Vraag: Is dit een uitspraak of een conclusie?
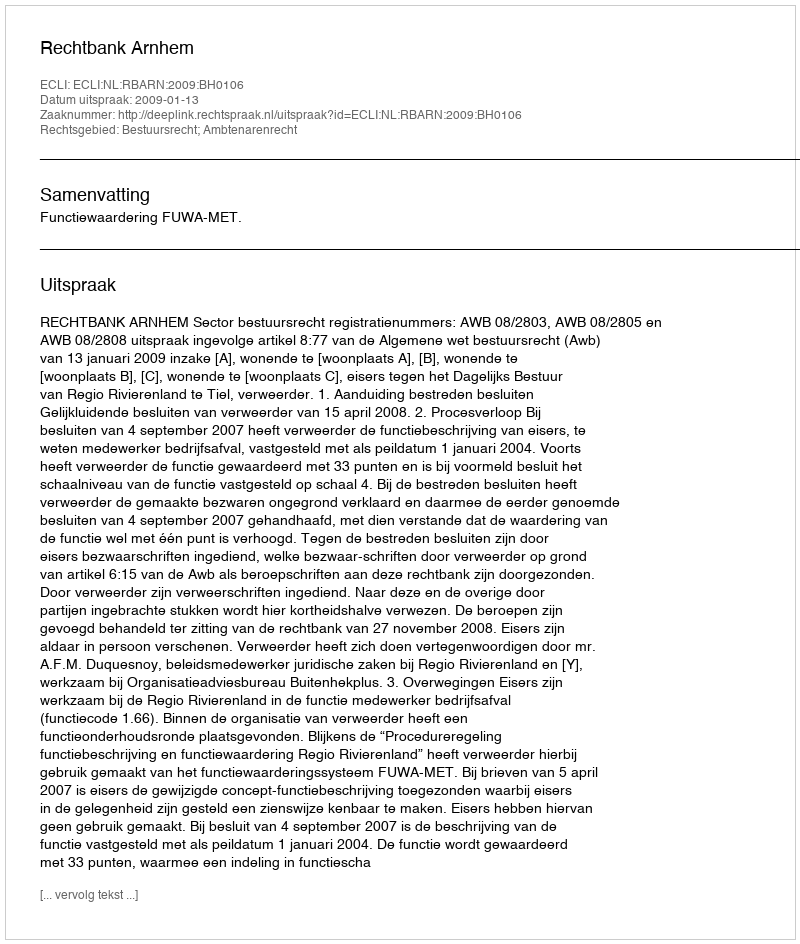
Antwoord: Uitspraak